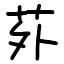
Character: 𫟌